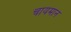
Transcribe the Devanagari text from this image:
चायमान